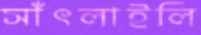
সাঁৎলাইলি